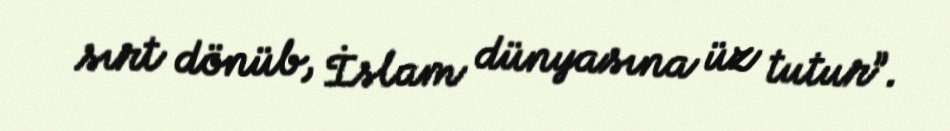
sırt dönüb, İslam dünyasına üz tutur”.